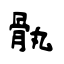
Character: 骫